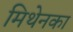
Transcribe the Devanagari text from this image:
मिथेनका